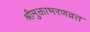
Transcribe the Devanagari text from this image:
श्रीमुक्ताभरणव्रत